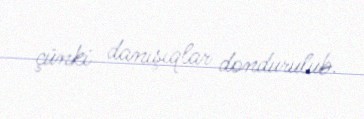
çünki danışıqlar dondurulub.